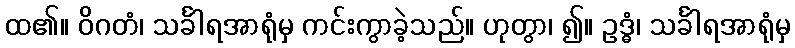
ထ၏။ ဝိဂတံ၊ သင်္ခါရအာရုံမှ ကင်းကွာခဲ့သည်။ ဟုတွာ၊ ၍။ ဥဒ္ဓံ၊ သင်္ခါရအာရုံမှ